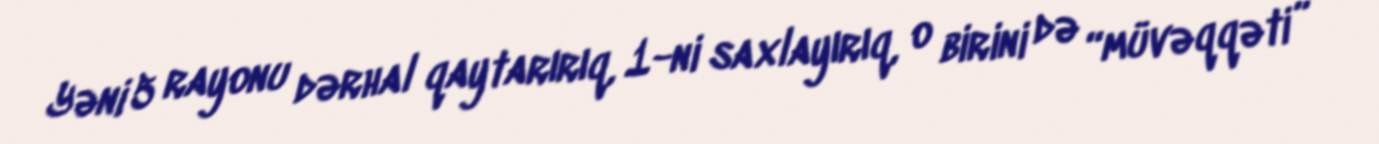
Yəni 5 rayonu dərhal qaytarırıq, 1-ni saxlayırıq, o birini də “müvəqqəti”